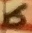
Text: 6